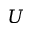
U